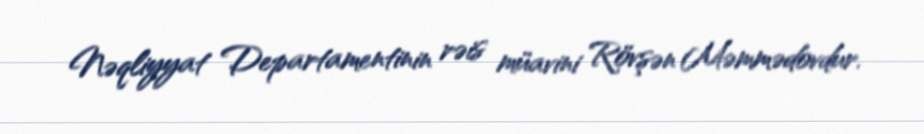
Nəqliyyat Departamentinin rəis müavini Rövşən Məmmədovdur.